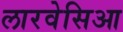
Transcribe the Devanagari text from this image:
लारवेसिआ